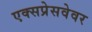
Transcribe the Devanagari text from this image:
एक्सप्रेसवेवर